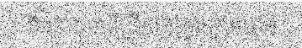
និង៣០នាទីព្រឹកនៅក្នងក្រុមហ៊ុន